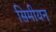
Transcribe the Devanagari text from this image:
सिमीयन